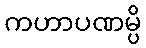
ကဟာပဏမ္ပိ